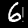
Digit: 6